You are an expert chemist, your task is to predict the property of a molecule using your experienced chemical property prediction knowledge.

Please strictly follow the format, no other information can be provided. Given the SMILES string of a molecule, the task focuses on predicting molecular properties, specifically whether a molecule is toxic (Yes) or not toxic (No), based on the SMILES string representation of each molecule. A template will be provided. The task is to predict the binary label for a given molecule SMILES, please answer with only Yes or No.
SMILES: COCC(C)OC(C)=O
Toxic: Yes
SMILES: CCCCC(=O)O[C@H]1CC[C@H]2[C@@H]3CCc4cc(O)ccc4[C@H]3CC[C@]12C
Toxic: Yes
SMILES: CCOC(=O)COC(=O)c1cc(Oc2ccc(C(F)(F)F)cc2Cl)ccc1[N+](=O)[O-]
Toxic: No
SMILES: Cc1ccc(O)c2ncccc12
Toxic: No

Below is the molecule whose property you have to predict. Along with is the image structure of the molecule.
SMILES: Cc1c(O)cccc1O
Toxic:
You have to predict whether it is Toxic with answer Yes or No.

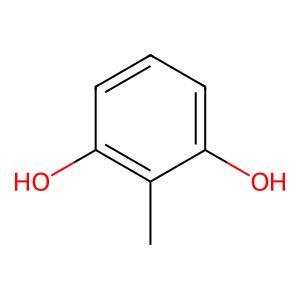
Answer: No